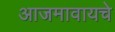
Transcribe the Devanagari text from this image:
आजमावायचे